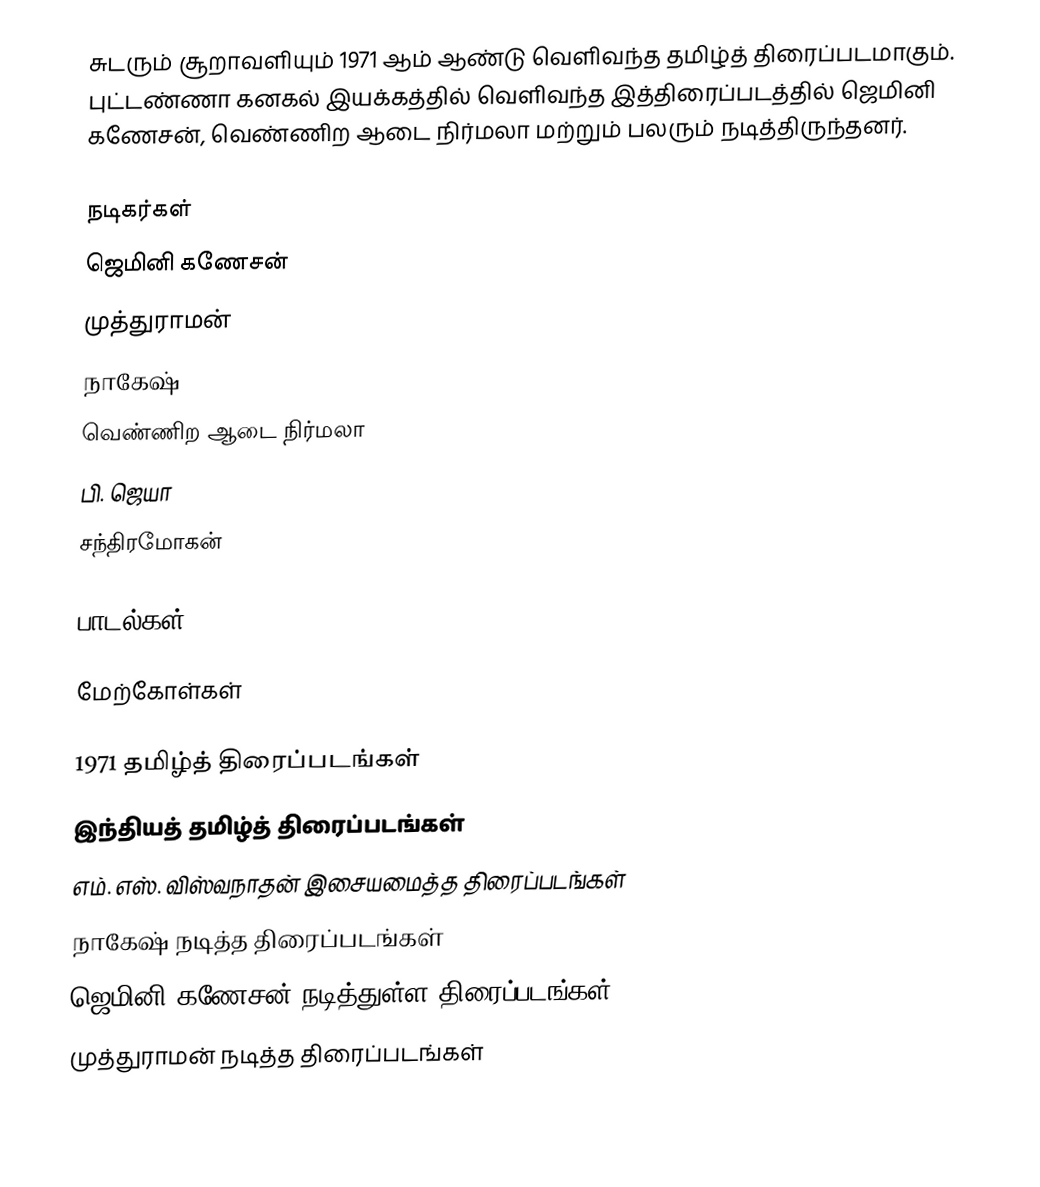
சுடரும் சூறாவளியும் 1971 ஆம் ஆண்டு வெளிவந்த தமிழ்த் திரைப்படமாகும். புட்டண்ணா கனகல் இயக்கத்தில் வெளிவந்த இத்திரைப்படத்தில் ஜெமினி கணேசன், வெண்ணிற ஆடை நிர்மலா மற்றும் பலரும் நடித்திருந்தனர்.

நடிகர்கள்
ஜெமினி கணேசன்
முத்துராமன்
நாகேஷ்
வெண்ணிற ஆடை நிர்மலா
பி. ஜெயா
சந்திரமோகன்

பாடல்கள்

மேற்கோள்கள்

1971 தமிழ்த் திரைப்படங்கள்
இந்தியத் தமிழ்த் திரைப்படங்கள்
எம். எஸ். விஸ்வநாதன் இசையமைத்த திரைப்படங்கள்
நாகேஷ் நடித்த திரைப்படங்கள்
ஜெமினி கணேசன் நடித்துள்ள திரைப்படங்கள்
முத்துராமன் நடித்த திரைப்படங்கள்